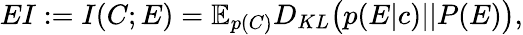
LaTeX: EI:=I(C;E)=\mathbb{E}_{p(C)}D_{KL}\big(p(E|c)||P(E)\big),